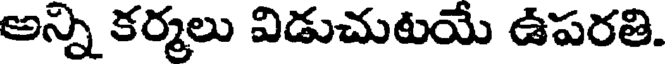
అన్ని కర్మలు విడుచుటయే ఉపరతి.